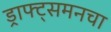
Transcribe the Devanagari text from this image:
ड्राफ्ट्‌समनचा